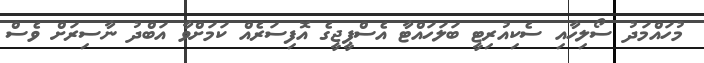
މުހައްމަދު ސޯލިހާއި ސެކިއުރިޓީ ބަލަހައްޓާ އެސްޕީޖީގެ އޮފިސަރެއް ކަމަށްވާ އަބްދު ނާސިރަށް ވެސް